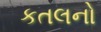
કતલનો